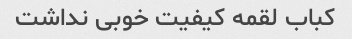
کباب لقمه کیفیت خوبی نداشت